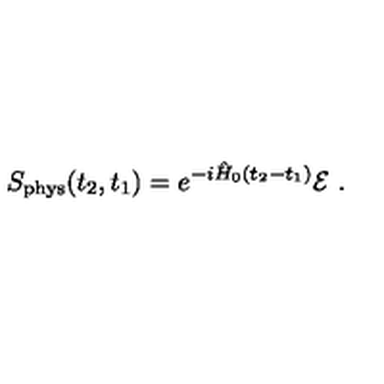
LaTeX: S _ { \mathrm { p h y s } } ( t _ { 2 } , t _ { 1 } ) = e ^ { - i \hat { H } _ { 0 } ( t _ { 2 } - t _ { 1 } ) } { \cal E } \ .